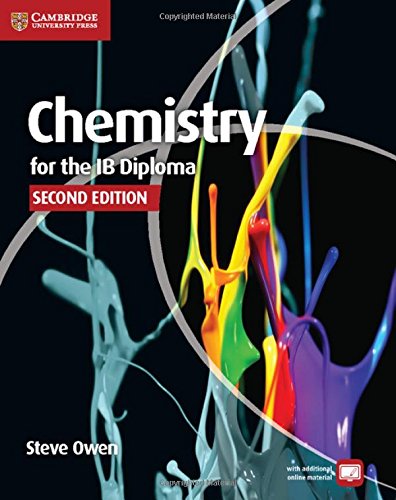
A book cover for Chemistry for the IB Diploma Coursebook; Steve Owen; Children's Books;